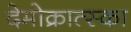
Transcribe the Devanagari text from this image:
देमोक्रात्स्का